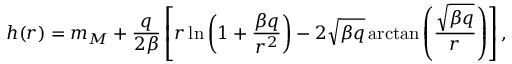
h ( r ) = m _ { M } + \frac { q } { 2 \beta } \left[ r \ln \left( 1 + \frac { \beta q } { r ^ { 2 } } \right) - 2 \sqrt { \beta q } \arctan \left( \frac { \sqrt { \beta q } } { r } \right) \right] ,